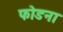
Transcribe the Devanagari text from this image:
फोडना